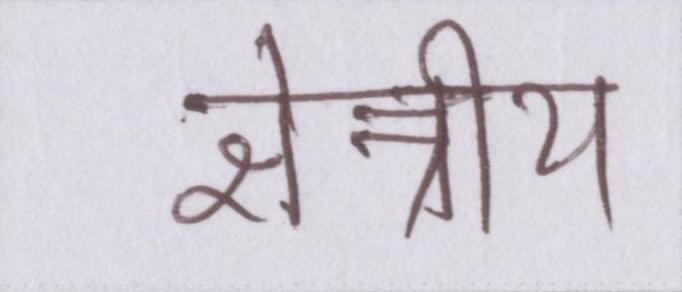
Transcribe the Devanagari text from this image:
क्षेत्रीय